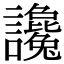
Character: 讒